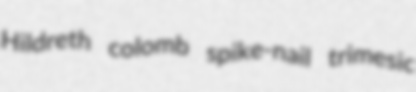
Hildreth colomb spike-nail trimesic